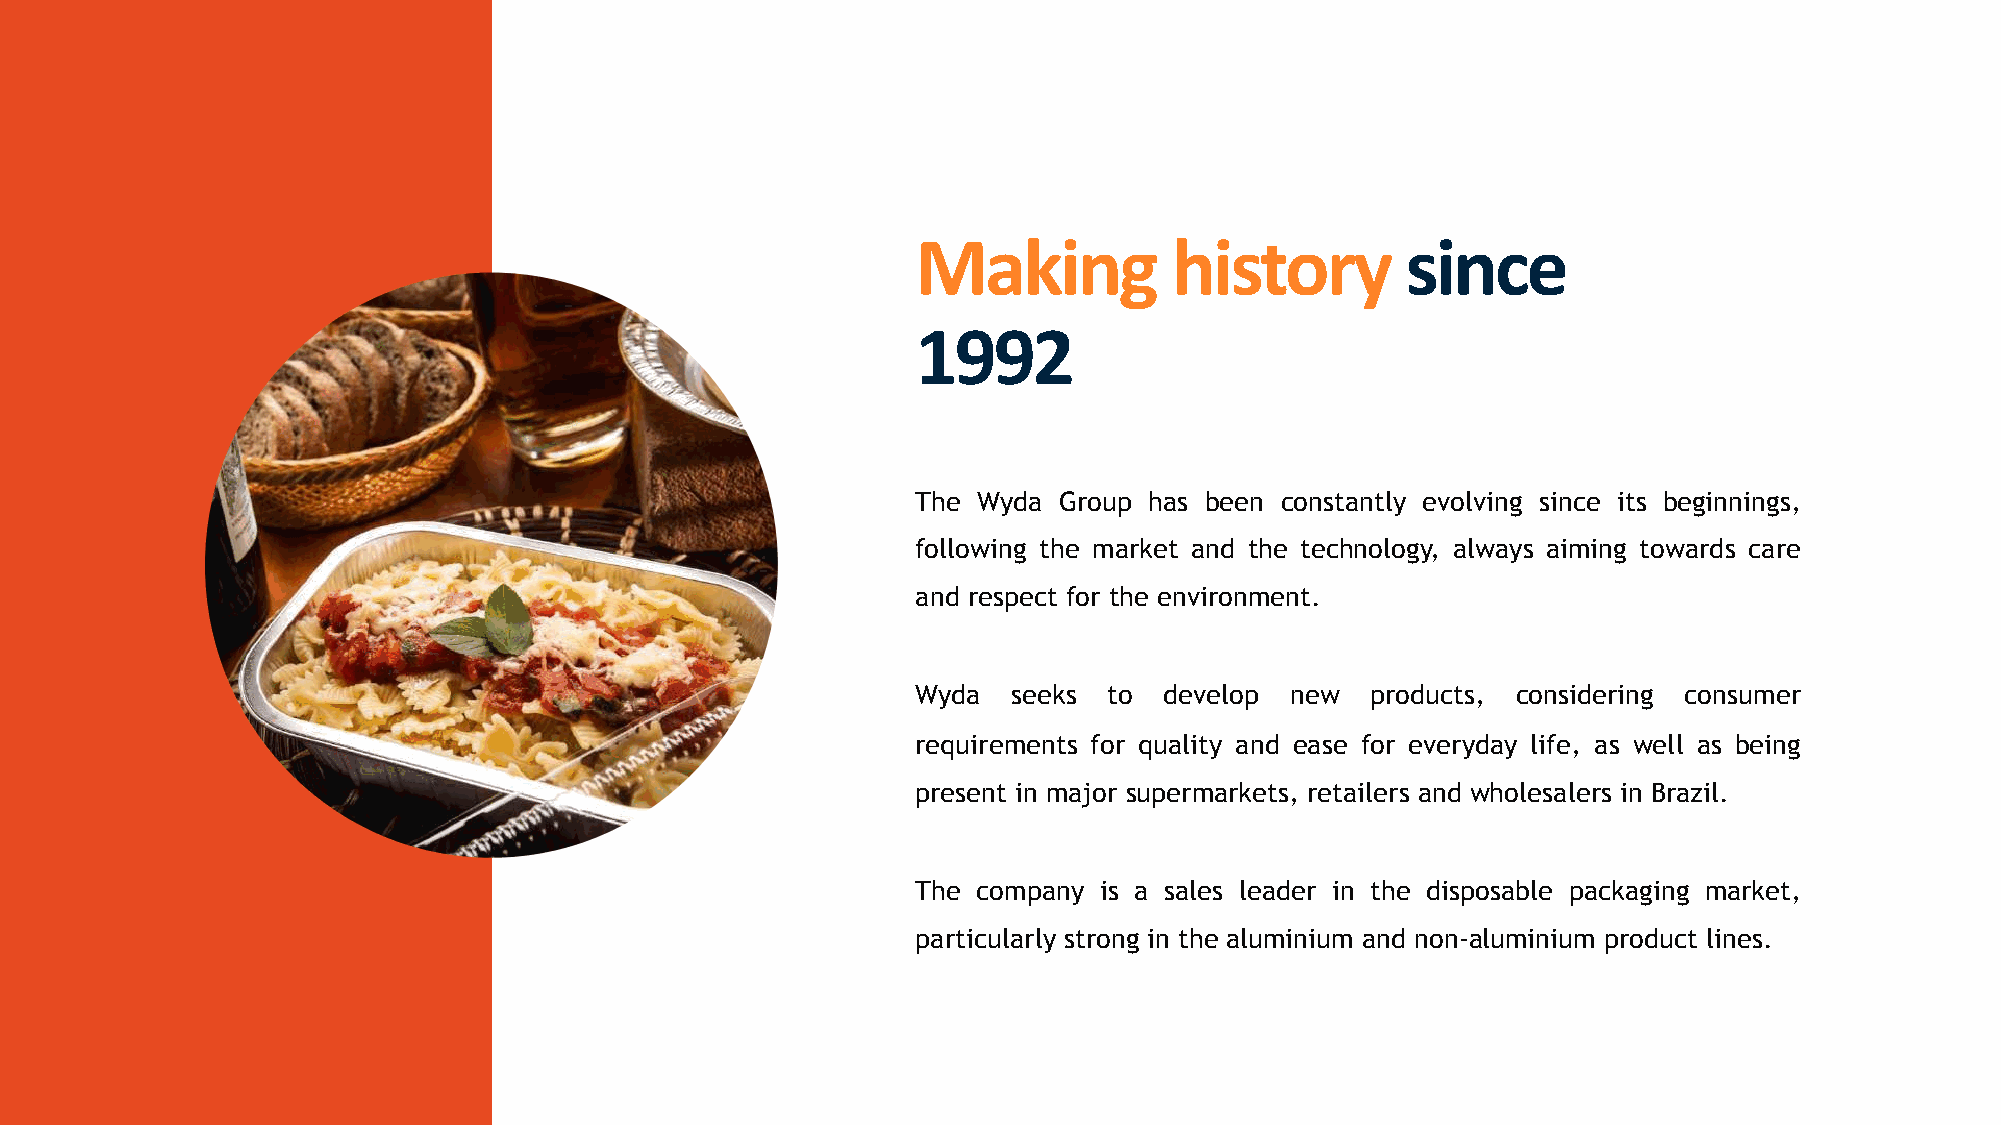
Making           history        since
 1992
 The Wyda Group has been constantly evolving since its beginnings,
 following the market and the technology, always aiming towards care
 and respect for the environment.
 Wyda  seeks to  develop new   products, considering consumer
 requirements for quality and ease for everyday life, as well as being
 present in major supermarkets, retailers and wholesalers in Brazil.
 The company is a sales leader in the disposable packaging market,
 particularly strong in the aluminium and non-aluminium product lines.